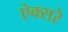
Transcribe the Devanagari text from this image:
ऐक्सरे